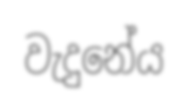
වැදුනේය